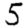
Digit: 5